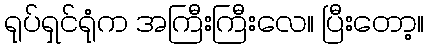
ရုပ်ရှင်ရုံက အကြီးကြီးလေ။ ပြီးတော့။